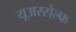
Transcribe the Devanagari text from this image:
यूअरसेल्फ